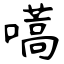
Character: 嚆